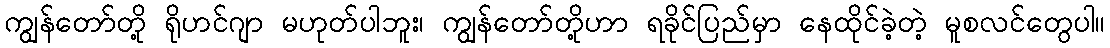
ကျွန်တော်တို့ ရိုဟင်ဂျာ မဟုတ်ပါဘူး၊ ကျွန်တော်တို့ဟာ ရခိုင်ပြည်မှာ နေထိုင်ခဲ့တဲ့ မူစလင်တွေပါ။